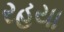
રહયા